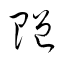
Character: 贈